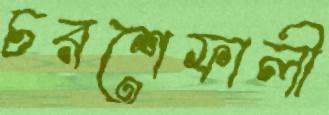
চরশেফালী